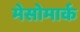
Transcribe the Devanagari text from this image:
मेसोमार्क